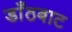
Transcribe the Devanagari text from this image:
डाँठबाट